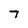
Character: 7